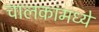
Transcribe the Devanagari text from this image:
चालकांमध्ये